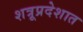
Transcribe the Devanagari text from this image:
शत्रूप्रदेशात